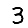
Digit: 3